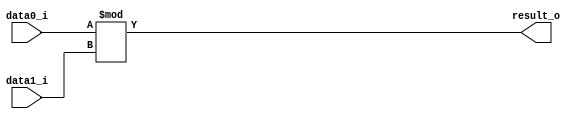
module modulador_top(
     input [7:0] data0_i,
     input [7:0] data1_i,
     output [7:0] result_o
 );

 assign result_o = data0_i % data1_i;

 endmodule